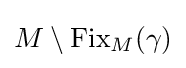
M\setminus \operatorname {Fix} _{M}(\gamma )